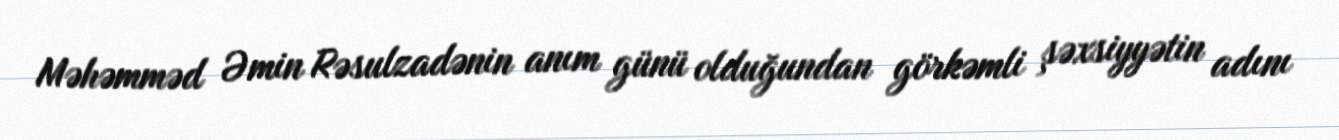
Məhəmməd Əmin Rəsulzadənin anım günü olduğundan görkəmli şəxsiyyətin adını